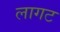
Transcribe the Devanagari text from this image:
लागट